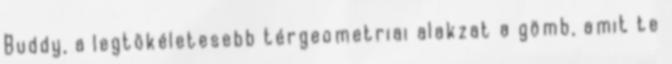
Buddy, a legtökéletesebb térgeometriai alakzat a gömb, amit te